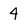
Character: 4